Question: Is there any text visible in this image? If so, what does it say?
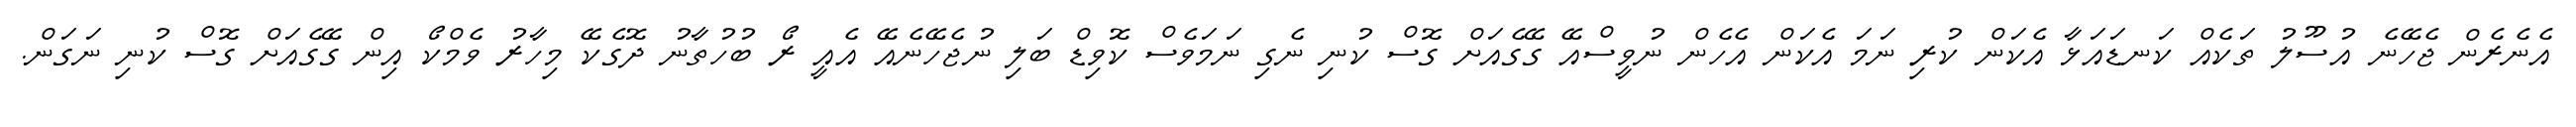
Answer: އެނެރެން ޖެހޭނެ އުސޫލު ތަކެއް ކަނޑައަޅާ އެކަން ކުރި ނަމަ އެކަން އެހެން ނުވީސްއޭ ގޭގެއަށް ގޮސް ކުނި ނެގި ނަމަވެސް ކޮވިޑް ބަލި ނުޖެހޭނެއޭ އެއީ ރޯ ބުހުތާނު ދޮގެކޭ މިހާރު ވެމްކޯ އިން ގޭގެއަށް ގޮސް ކުނި ނަގަން.